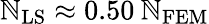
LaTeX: \mathbb{N}_{\mathrm{{LS}}}\approx0.50\: \mathbb{N}_{\mathrm{{FEM}}}